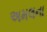
અમલના